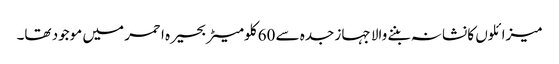
میزائلوں کا نشانہ بننے والا جہاز جدہ سے 60 کلومیٹر بحیرہ احمر میں موجود تھا۔